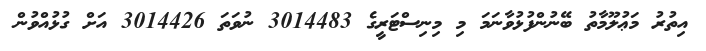
އިތުރު މަޢުލޫމާތު ބޭނުންފުޅުވާނަމަ މި މިނިސްޓަރީގެ 3014483 ނުވަތަ 3014426 އަށް ގުޅުއްވުން